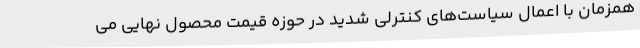
همزمان با اعمال سیاست‌های کنترلی شدید در حوزه قیمت محصول نهایی می